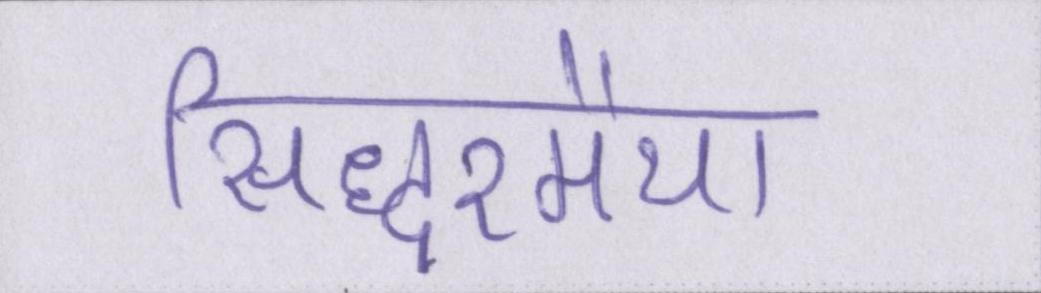
सिद्धरमैया